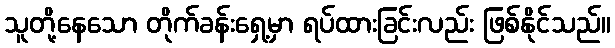
သူတို့နေသော တိုက်ခန်းရှေ့မှာ ရပ်ထားခြင်းလည်း ဖြစ်နိုင်သည်။